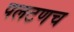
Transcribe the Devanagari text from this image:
पलटणच